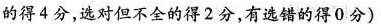
的得4分，选对但不全的得2分，有选错的得0分)